Annual returns of the Patna Lunatic Asylum at Bankipore in Bihar and Orissa - 1912-1924
Year: 1912
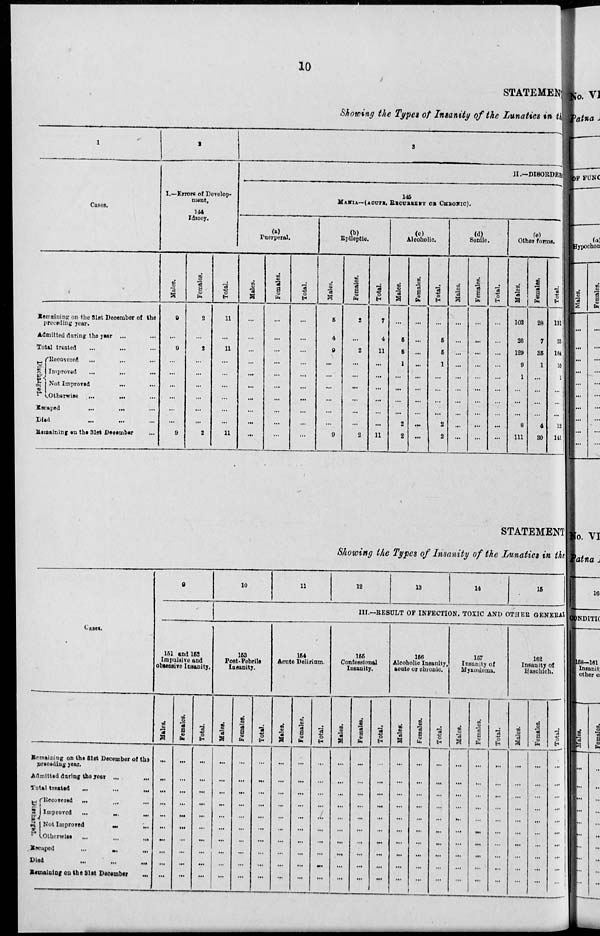
10
STATEMENT
Showing the Types of Insanity of the Lunatics in the
1
Cases.
Remaining on the 31st December of the
preceding year.
Admitted during the year ... ...
Total treated ... ... ...
Discharged.
Recovered ... ... ...
Improved ... ... ...
Not Improved ... ...
Otherwise
... ... ...
Escaped ... ... ...
Died ... ... ...
Remaining on the 31st December ...
2
I.—Errors of Develop-
ment,
144
Idiocy.
Males.
9
...
9
...
...
...
...
...
...
9
Females.
2
...
2
...
...
...
...
...
...
2
Total.
11
...
11
...
...
...
...
...
...
11
3
II.—DISORDER
145
MANIA—(ACUTE, RECURRENT OR CHRONIC).
Puerperal.
Males.
...
...
...
...
...
...
...
...
...
...
Females.
...
...
...
...
...
...
...
...
...
...
Total.
...
...
...
...
...
...
...
...
...
...
(b)
Epileptic.
Males.
5
4
9
...
...
...
...
...
...
9
Females.
2
...
2
...
...
...
...
...
...
2
Total.
7
4
11
...
...
...
...
...
...
11
(c)
Alcoholic.
Males.
...
5
5
1
...
...
...
...
2
2
Females.
...
...
...
...
...
...
...
...
...
...
Total.
...
5
5
1
...
...
...
...
2
2
(d)
Senile.
Males.
...
...
...
...
...
...
...
...
...
...
Females.
...
...
...
...
...
...
...
...
...
...
Total.
...
...
...
...
...
...
...
...
...
...
(e)
Other forms.
Males.
103
26
129
9
1
...
...
...
8
111
Females.
28
7
35
1
...
...
...
...
4
30
Total.
131
33
164
10
1
...
...
...
12
141
STATEMENT
Showing the Types of Insanity of the Lunatics in the
Cases.
Remaining on the 31st December of the
preceding year.
Admitted during the year ... ...
Total treatad
...
...
...
Discharged.
Recovered ... ... ...
Improved
...
...
...
Not Improved ... ...
Otherwise
...
...
...
Escaped
...
... ...
Died ... ... ...
Remaining on the 31st December
...
9
10
11
12
13
14
15
III.—RESULT OF INFECTION, TOXIC AND OTHER GENERAL
151 and 152
Impulsive and
obsessive Insanity.
Males.
...
...
...
...
...
...
...
...
...
...
Females.
...
...
...
...
...
...
...
...
...
...
Total.
...
...
...
...
...
...
...
...
...
...
153
Post-Febrile
Insanity.
Males.
...
...
...
...
...
...
...
...
...
...
Females.
...
...
...
...
...
...
...
...
...
...
Total.
...
...
...
...
...
...
...
...
...
...
154
Acute Delirium.
Males.
...
...
...
...
...
...
...
...
...
...
Females.
...
...
...
...
...
...
...
...
...
...
Total.
...
...
...
...
...
...
...
...
...
...
155
Confessional
Insanity.
Males.
...
...
...
...
...
...
...
...
...
...
Females.
...
...
...
...
...
...
...
...
...
...
Total.
...
...
...
...
...
...
...
...
...
...
156
Alcoholic Insanity,
acute or chronic.
Males.
...
...
...
...
...
...
...
...
...
...
Females.
...
...
...
...
...
...
...
...
...
...
Total.
...
...
...
...
...
...
...
...
...
...
157
Insanity of
Myxœdema.
Males.
...
...
...
...
...
...
...
...
...
...
Females.
...
...
...
...
...
...
...
...
...
...
Total.
...
...
...
...
...
...
...
...
...
...
162
Insanity of
Haschich.
Males.
...
...
...
...
...
...
...
...
...
...
Females.
...
...
...
...
...
...
...
...
...
...
Total.
...
...
...
...
...
...
...
...
...
...